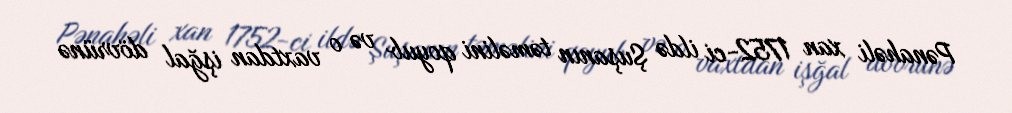
Pənahəli xan 1752-ci ildə Şuşanın təməlini qoyub və o vaxtdan işğal dövrünə